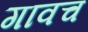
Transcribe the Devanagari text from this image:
गावच